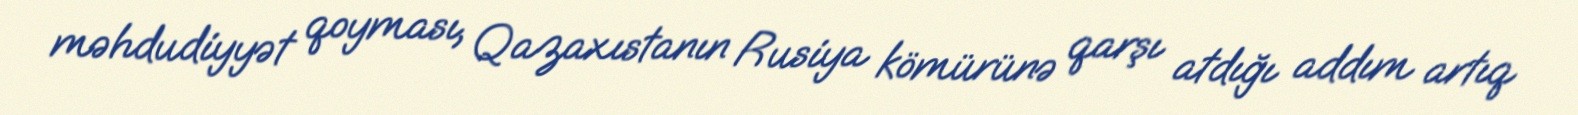
məhdudiyyət qoyması, Qazaxıstanın Rusiya kömürünə qarşı atdığı addım artıq